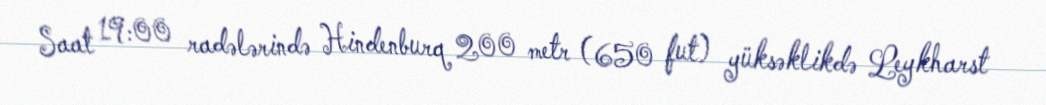
Saat 19:00 radələrində Hindenburq 200 metr (650 fut) yüksəklikdə Leykharst